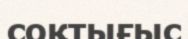
соқтығыс